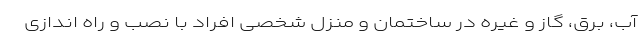
آب، برق، گاز و غیره در ساختمان و منزل شخصی افراد با نصب و راه اندازی